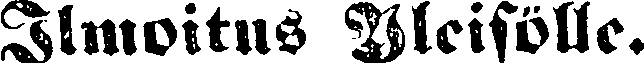
Ilmoitus Yleisölle.